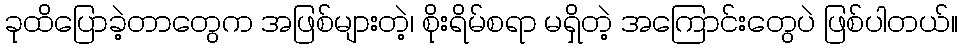
ခုထိပြောခဲ့တာတွေက အဖြစ်များတဲ့၊ စိုးရိမ်စရာ မရှိတဲ့ အကြောင်းတွေပဲ ဖြစ်ပါတယ်။